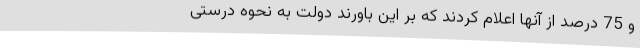
و 75 درصد از آنها اعلام کردند که بر این باورند دولت به نحوه درستی